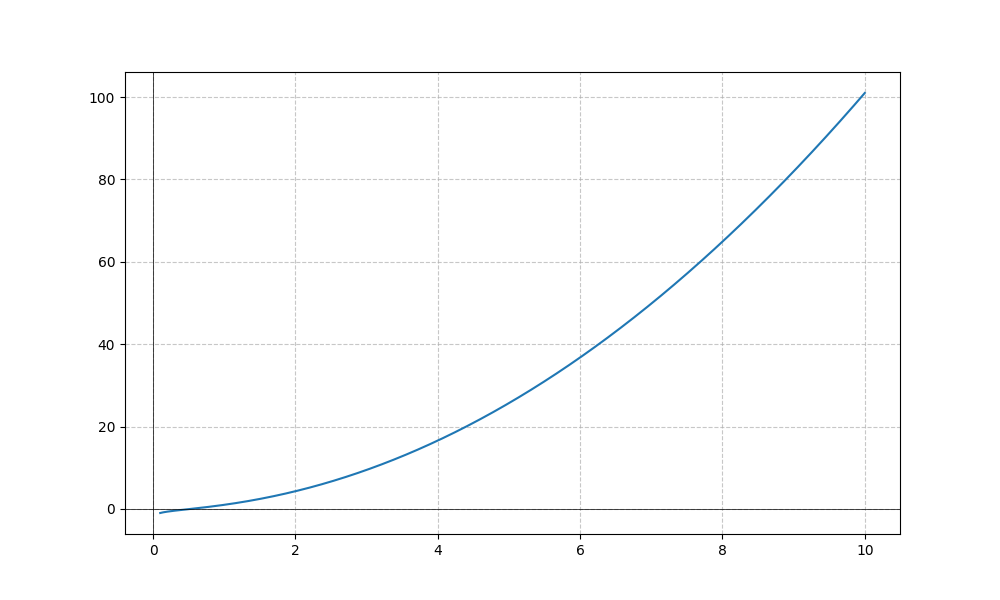
LaTeX formula: x^{2} + \frac{\log{\left(x \right)}}{\log{\left(10 \right)}}